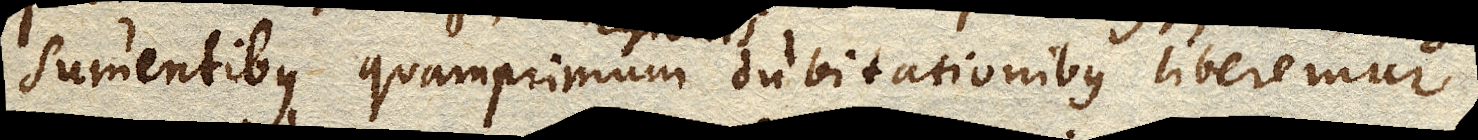
sumentibus, quamprimum dubitationibus liberemur.